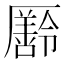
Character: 𠫄